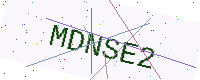
Text: MDNSE2